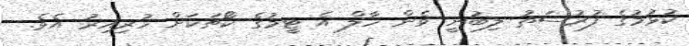
ކުޅުމުގެ ފުރުސަތު ލިބުނީ ވެން ހާލް އެ ޓީމުގެ ކޯޗަކަށް ހުރިއިރު އެވެ.